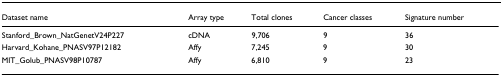
<table><thead><tr><td><b>Dataset name</b></td><td><b>Array type</b></td><td><b>Total clones</b></td><td><b>Cancer classes</b></td><td><b>Signature number</b></td></tr></thead><tbody><tr><td>Stanford_Brown_NatGenetV24P227</td><td>cDNA</td><td>9,706</td><td>9</td><td>36</td></tr><tr><td>Harvard_Kohane_PNASV97P12182</td><td>Affy</td><td>7,245</td><td>9</td><td>30</td></tr><tr><td>MIT_Golub_PNASV98P10787</td><td>Affy</td><td>6,810</td><td>9</td><td>23</td></tr></tbody></table>